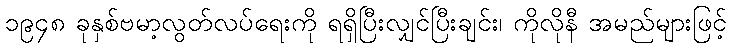
၁၉၄၈ ခုနှစ်ဗမာ့လွတ်လပ်ရေးကို ရရှိပြီးလျှင်ပြီးချင်း၊ ကိုလိုနီ အမည်များဖြင့်